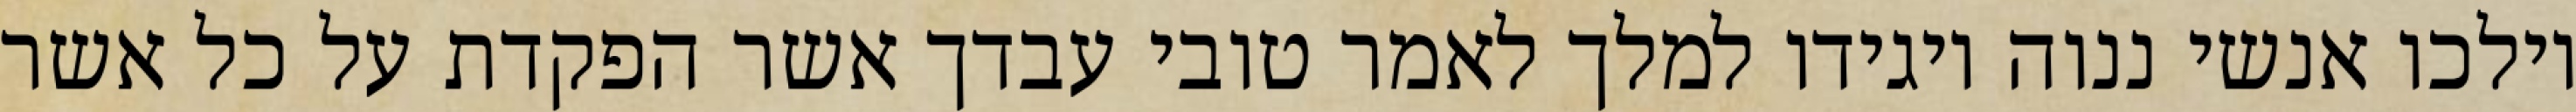
וילכו אנשי ננוה ויגידו למלך לאמר טובי עבדך אשר הפקדת על כל אשר